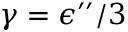
\gamma = \epsilon ^ { \prime \prime } / 3